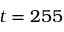
t = 2 5 5